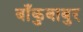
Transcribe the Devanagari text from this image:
बाँकुबाबुर